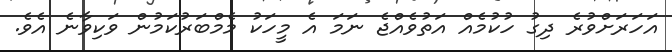
އަހަރަށްވުރެ ދިގު ހުކުމެއް އަތުވެއްޖެ ނަމަ އެ މީހަކު މެމްބަރުކަމުން ވަކިވާނެ އެވެ.